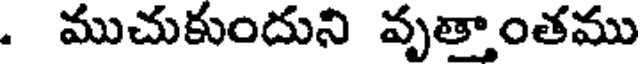
. ముచుకుందుని వృత్తాంతము